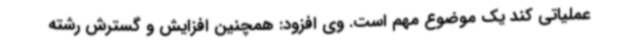
عملیاتی کند یک موضوع مهم است. وی افزود: همچنین افزایش و گسترش رشته